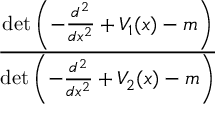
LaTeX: \frac { \operatorname* { d e t } \left( - { \frac { d ^ { 2 } } { d x ^ { 2 } } } + V _ { 1 } ( x ) - m \right) } { \operatorname* { d e t } \left( - { \frac { d ^ { 2 } } { d x ^ { 2 } } } + V _ { 2 } ( x ) - m \right) }